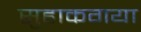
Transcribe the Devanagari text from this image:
सुहाकगया